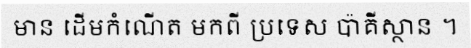
មាន ដើមកំណើត មកពី ប្រទេស ប៉ាគីស្ថាន ។